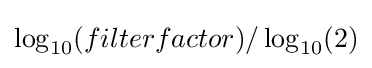
\log _{10}(filterfactor)/\log _{10}(2)